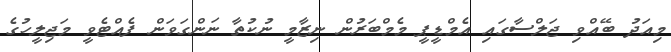
މިއަދު ބޭއްވި ޖަލްސާގައި އެމްޑީޕީ މެމްބަރުން ނިޒާމީ ނުކުތާ ނަންގަވަން ފެއްޓެވީ މަޖިލީހުގެ